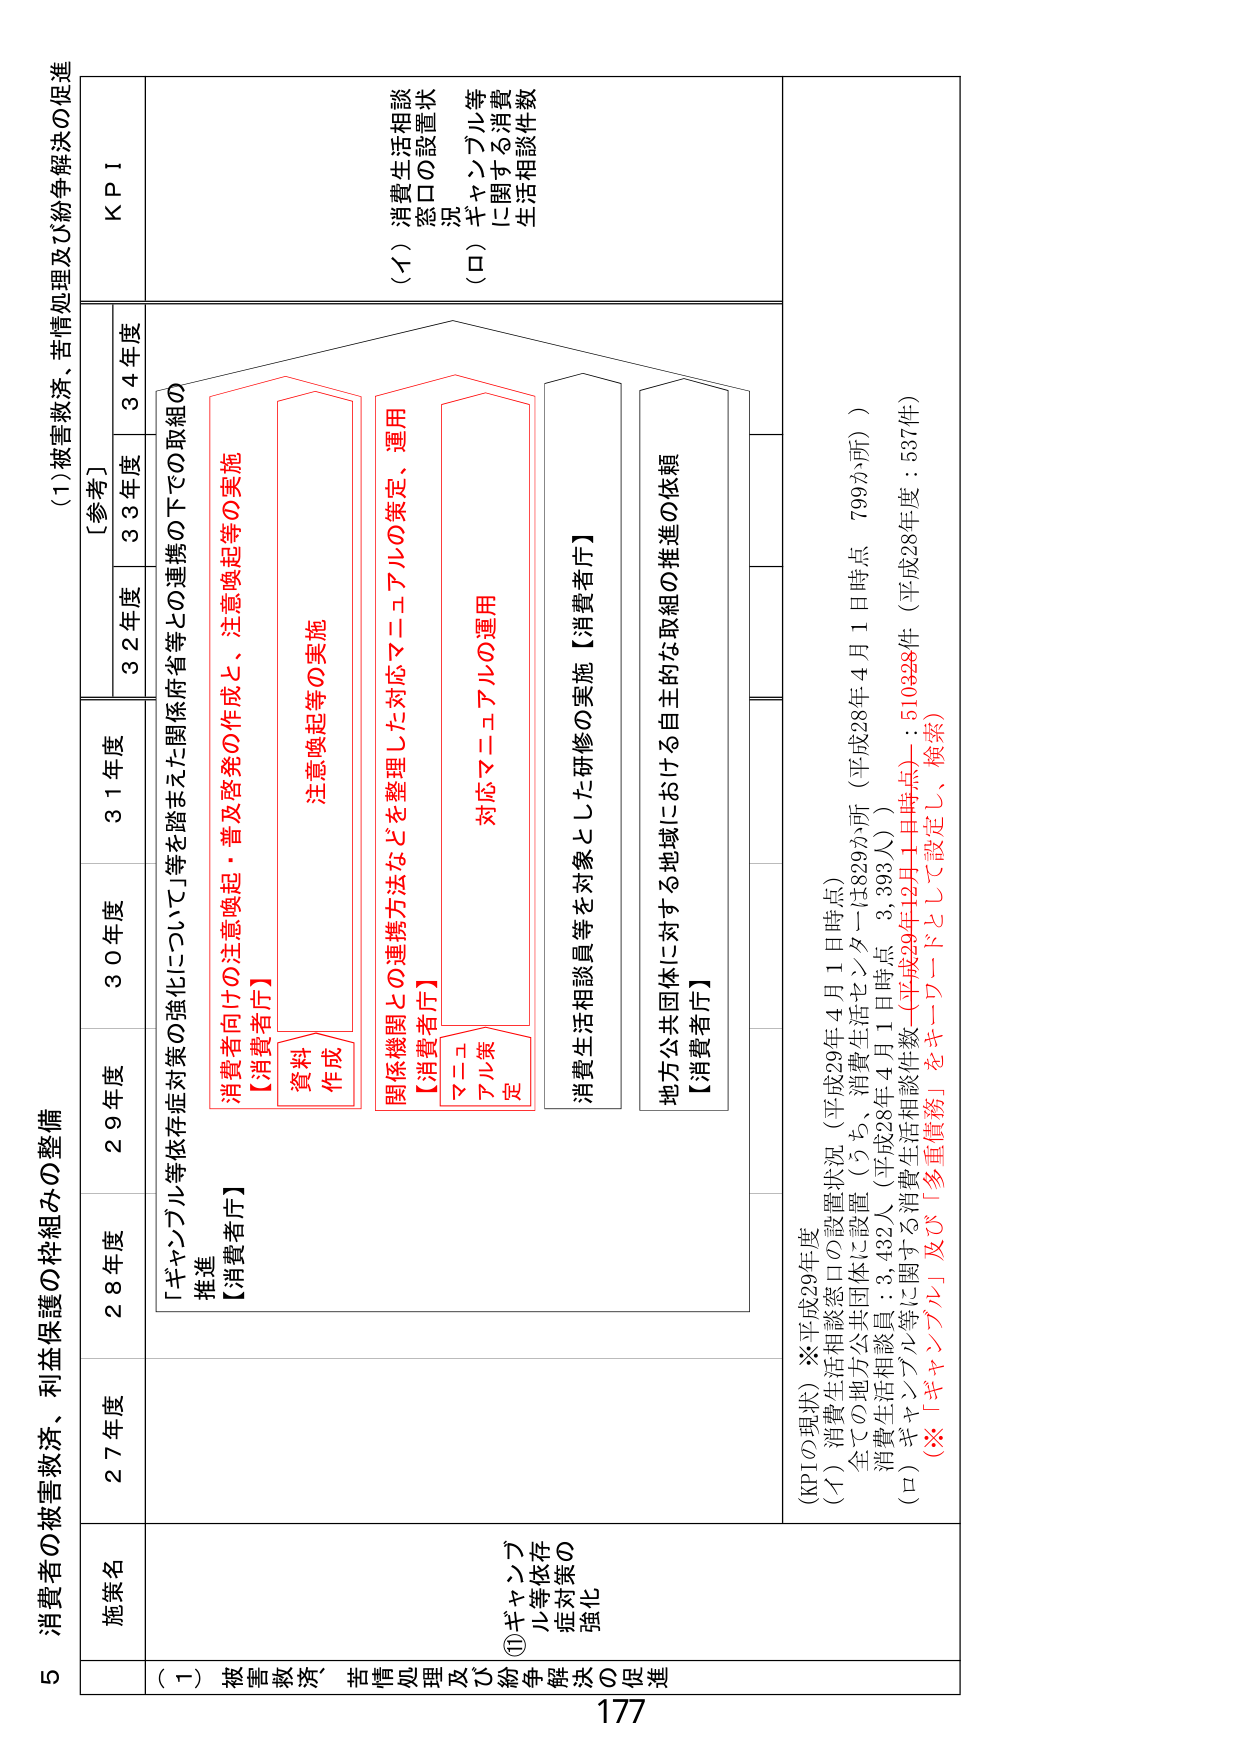
5 消費者の被害救済、利益保護の枠組みの整備

(1) 被害救済、苦情処理及び紛争解決の促進

施策名
27年度
28年度
29年度
30年度
31年度
[参考]
32年度
33年度
34年度
KPI

(1) 被害救済、苦情処理及び紛争解決の促進
⑪ ギャンブル等依存症対策の強化

「ギャンブル等依存症対策の強化について」等を踏まえた関係府省等との連携の下での取組の推進
【消費者庁】

消費者向けの注意喚起・普及啓発の作成と、注意喚起等の実施
【消費者庁】
資料作成
注意喚起等の実施

関係機関との連携方法などを整理した対応マニュアルの策定、運用
【消費者庁】
マニュアル策定
対応マニュアルの運用

消費生活相談員等を対象とした研修の実施【消費者庁】

地方公共団体に対する地域における自主的な取組の推進の依頼
【消費者庁】

(KPIの現状) ※平成29年度
(イ) 消費生活相談窓口の設置状況（平成29年4月1日時点）
全ての地方公共団体に設置（うち、消費生活センターは829か所（平成28年4月1日時点 799か所））
消費生活相談員：3,432人（平成28年4月1日時点 3,393人）
(ロ) ギャンブル等に関する消費生活相談件数（平成29年12月1日時点）：510328件（平成28年度：537件）
（※「ギャンブル」及び「多重債務」をキーワードとして設定し、検索）

(イ) 消費生活相談窓口の設置状況
(ロ) ギャンブル等に関する消費生活相談件数

177